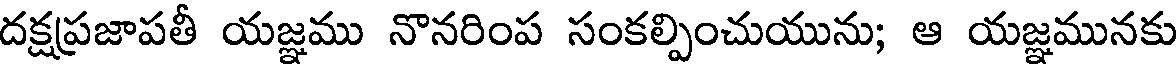
దక్షప్రజాపతీ యజ్ఞము నొనరింప సంకల్పించుయును; ఆ యజ్ఞమునకు